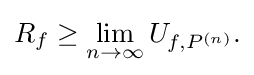
{\begin{aligned}R_{f}\geq \lim _{n\to \infty }U_{f,P^{(n)}}.\end{aligned}}